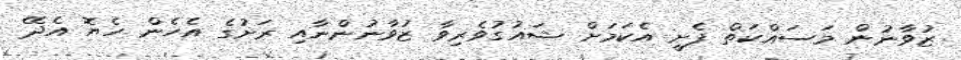
ޒުވާނުން މަސައްކަތް ފެށީ އެކަމަށް ޝައުގުވެރިވާ ޒުވާނުންނާއި ރަށުގެ އެހެން ހެޔޮ އެދޭ